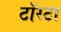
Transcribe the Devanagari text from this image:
टॉरटा